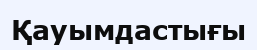
Қауымдастығы